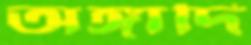
অঙ্গাদি